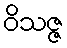
ဝိသဇ္ဇ